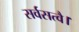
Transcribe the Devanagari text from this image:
सर्वसत्वै।